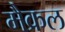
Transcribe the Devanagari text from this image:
मैक्रल